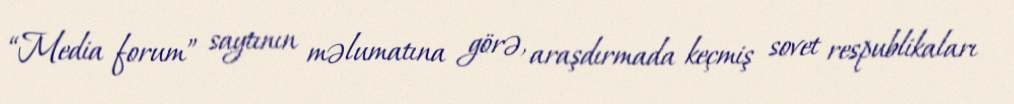
“Media forum” saytının məlumatına görə, araşdırmada keçmiş sovet respublikaları